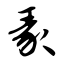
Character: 彖